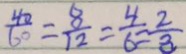
\frac { 4 0 } { 6 0 } = \frac { 8 } { 1 2 } = \frac { 4 } { 6 } = \frac { 2 } { 3 }